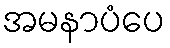
အမနာပံပေ